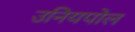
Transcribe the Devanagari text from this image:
उनियपोल